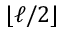
\lfloor \ell / 2 \rfloor